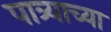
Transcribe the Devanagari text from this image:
पात्र्याच्या